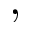
,